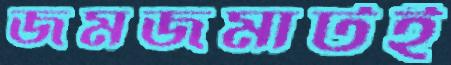
জমজমাটই